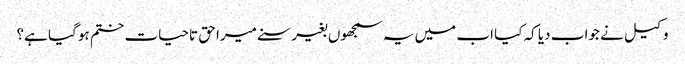
وکیل نے جواب دیا کہ کیا اب میں یہ سمجھوں بغیر سنے میرا حق تاحیات ختم ہو گیا ہے؟